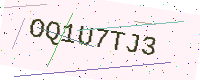
Text: OQ1U7TJ3